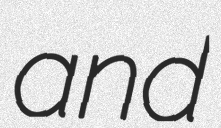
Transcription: and